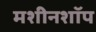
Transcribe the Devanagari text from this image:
मशीनशॉप